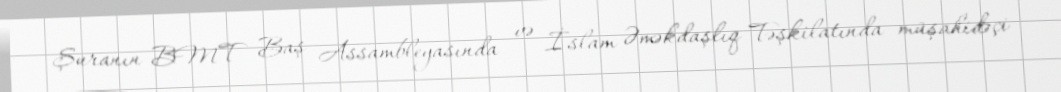
Şuranın BMT Baş Assambleyasında və İslam Əməkdaşlıq Təşkilatında müşahidəçi